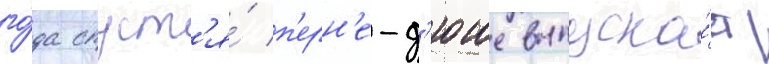
го́да спуст'я́ п'ерн'е-д'юше выпуска́ет